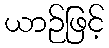
ယာဉ်ဖြင့်